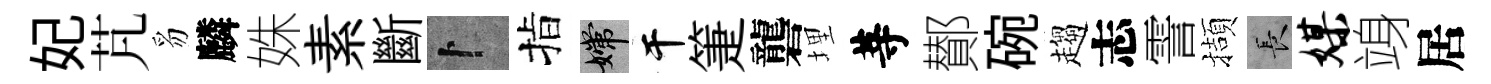
妃芃豸麟姝素斷卜指嫦干箑礱埋䓁鄼碗趨志霅擷长媒竧居